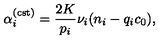
\alpha _ { i } ^ { ( \mathrm { c s t } ) } = \frac { 2 K } { p _ { i } } \nu _ { i } ( n _ { i } - q _ { i } c _ { 0 } ) ,